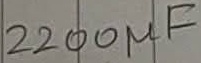
Text: 2200µF